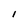
Character: 1